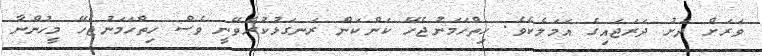
ވަރަށް ދަށު ދަރަޖައިގެ އަމަލެކެވެ. ހިތްހަމަނުޖެހޭ ކަންކަން ރަނގަޅުކުރެވޭނީ ވެސް ހިތްހަމަނުޖެހޭ މީހުންނާ